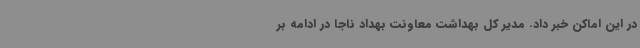
در این اماکن خبر داد. مدیر کل بهداشت معاونت بهداد ناجا در ادامه بر